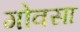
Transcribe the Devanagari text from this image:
गोवसा